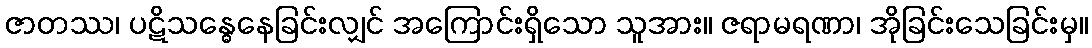
ဇာတဿ၊ ပဋိသန္ဓေနေခြင်းလျှင် အကြောင်းရှိသော သူအား။ ဇရာမရဏာ၊ အိုခြင်းသေခြင်းမှ။